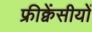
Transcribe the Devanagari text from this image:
फ्रीक्वेंसीयों